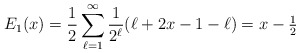
\begin{align*}E_{1}(x) = \frac{1}{2} \sum_{\ell=1}^{\infty} \frac{1}{2^{\ell}} ( \ell + 2x - 1 - \ell) = x - \tfrac{1}{2}\end{align*}